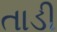
તાડી